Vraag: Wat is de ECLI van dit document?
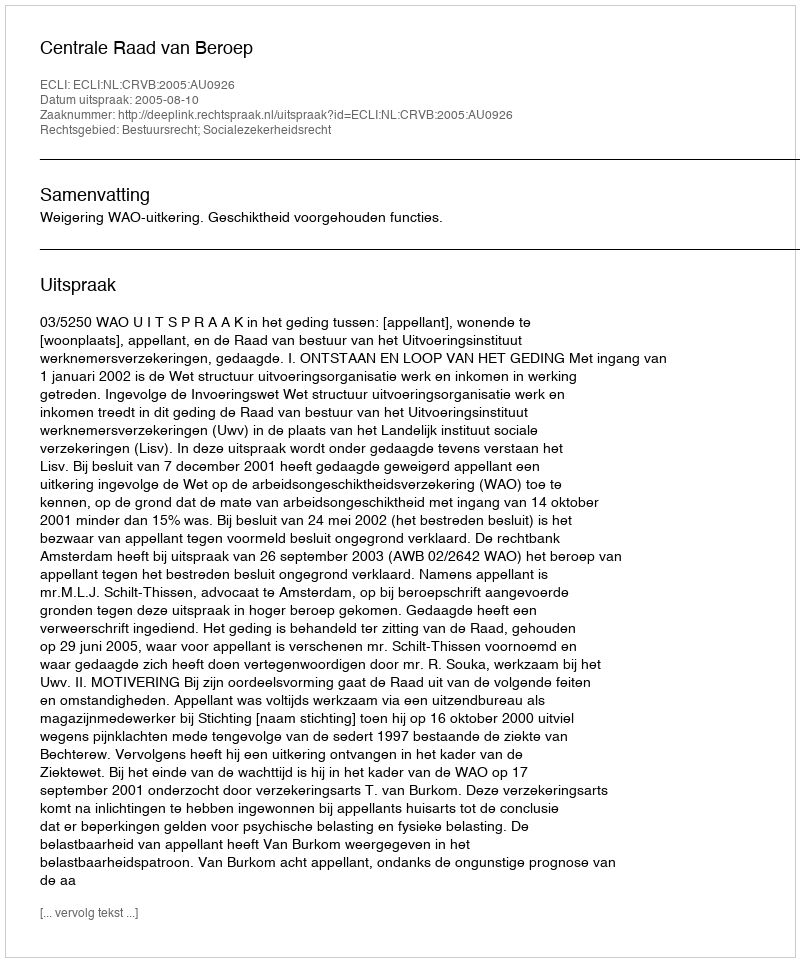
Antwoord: ECLI:NL:CRVB:2005:AU0926